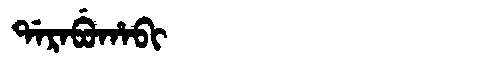
Manchu: ᡩᠠᡵᠠᠪᡠᡥᠠᠪᡳ
Romanization: DARABUHABI